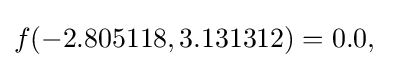
f(-2.805118,3.131312)=0.0,\quad